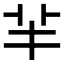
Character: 𦍋